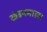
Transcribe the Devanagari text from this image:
खंडनमाला